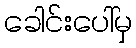
ခေါင်းပေါ်မှ